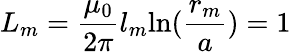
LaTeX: L_{m}=\frac{\mu_{0}}{2\pi}l_{m}\textrm{ln}(\frac{r_{m}}{a})=1